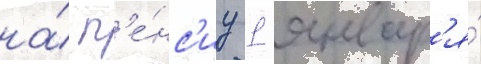
на́ п'е́нс'иу 1 январ'я́